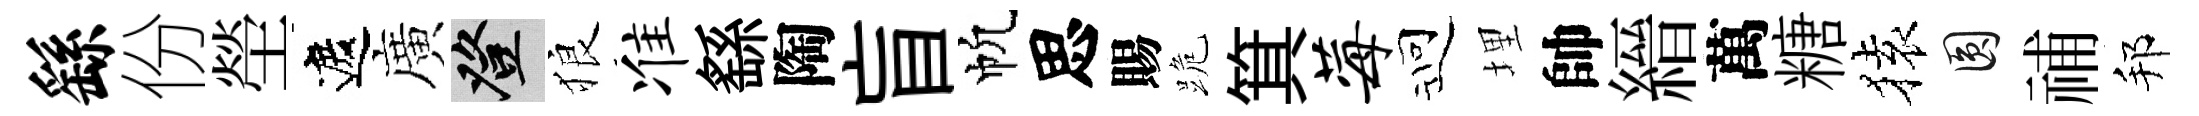
繇份塋遮廣登狼准繇陶盲帆思賜跪箕莓迎埋帥縉萬糖𫞤圓𥙷邦